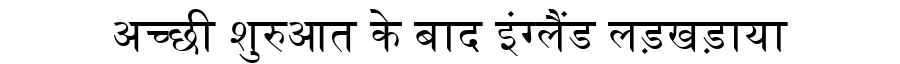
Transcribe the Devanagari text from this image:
अच्छी शुरुआत के बाद इंग्लैंड लड़खड़ाया